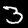
Label: 3